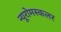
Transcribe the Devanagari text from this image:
न्यूरोमस्कलर